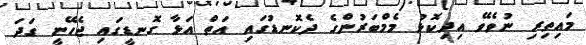
މައިތިރި ނުވެވޭ އިދިކޮޅު މެމްބަރުންގެ ދެކޮނޑުގައި އަތް އަޅާ ގޮނޑީގައި ޖެހޭނީ ގަދަ